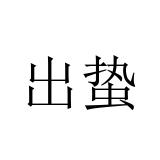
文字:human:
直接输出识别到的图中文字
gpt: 出蛰